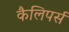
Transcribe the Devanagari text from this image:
कैलिपर्स